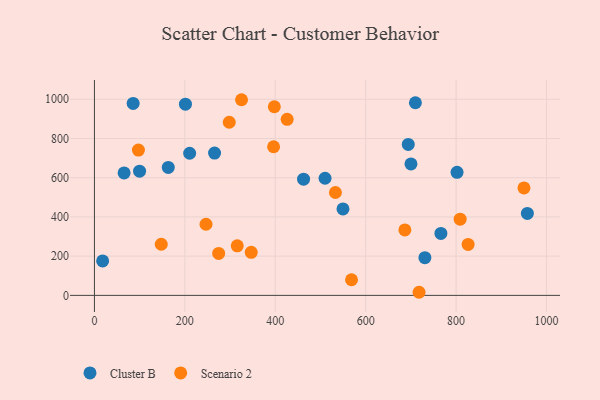
{"axis": {"x": "Engine Size", "y": "Salary"}, "legend": ["Cluster B", "Scenario 2"], "data": [{"x": "700.2", "y": 670.2, "type": "Cluster B"}, {"x": "201.3", "y": 975.2, "type": "Cluster B"}, {"x": "731.0", "y": 192.4, "type": "Cluster B"}, {"x": "265.7", "y": 725.6, "type": "Cluster B"}, {"x": "65.6", "y": 624.3, "type": "Cluster B"}, {"x": "85.6", "y": 979.0, "type": "Cluster B"}, {"x": "802.1", "y": 627.6, "type": "Cluster B"}, {"x": "163.3", "y": 652.7, "type": "Cluster B"}, {"x": "694.2", "y": 770.1, "type": "Cluster B"}, {"x": "957.7", "y": 418.1, "type": "Cluster B"}, {"x": "99.8", "y": 633.2, "type": "Cluster B"}, {"x": "766.4", "y": 315.8, "type": "Cluster B"}, {"x": "510.1", "y": 597.3, "type": "Cluster B"}, {"x": "710.0", "y": 982.5, "type": "Cluster B"}, {"x": "210.6", "y": 724.9, "type": "Cluster B"}, {"x": "462.6", "y": 592.7, "type": "Cluster B"}, {"x": "18.1", "y": 176.0, "type": "Cluster B"}, {"x": "549.8", "y": 440.8, "type": "Cluster B"}, {"x": "426.3", "y": 897.8, "type": "Scenario 2"}, {"x": "246.8", "y": 362.7, "type": "Scenario 2"}, {"x": "147.8", "y": 260.8, "type": "Scenario 2"}, {"x": "298.2", "y": 883.0, "type": "Scenario 2"}, {"x": "346.8", "y": 219.6, "type": "Scenario 2"}, {"x": "533.1", "y": 524.8, "type": "Scenario 2"}, {"x": "97.3", "y": 740.8, "type": "Scenario 2"}, {"x": "396.3", "y": 758.1, "type": "Scenario 2"}, {"x": "950.2", "y": 547.8, "type": "Scenario 2"}, {"x": "686.7", "y": 333.7, "type": "Scenario 2"}, {"x": "397.9", "y": 962.0, "type": "Scenario 2"}, {"x": "568.7", "y": 79.7, "type": "Scenario 2"}, {"x": "315.9", "y": 252.9, "type": "Scenario 2"}, {"x": "809.0", "y": 388.7, "type": "Scenario 2"}, {"x": "718.1", "y": 15.9, "type": "Scenario 2"}, {"x": "325.4", "y": 997.8, "type": "Scenario 2"}, {"x": "274.8", "y": 214.0, "type": "Scenario 2"}, {"x": "826.6", "y": 259.9, "type": "Scenario 2"}]}